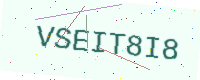
Text: VSEIT8I8